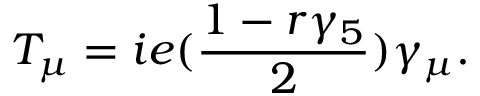
T _ { \mu } = i e ( { \frac { 1 - r \gamma _ { 5 } } { 2 } } ) \gamma _ { \mu } .